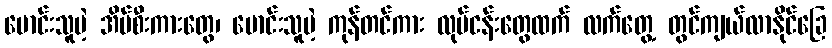
မောင်းသူမဲ့ အိမ်စီးကားတွေ၊ မောင်းသူမဲ့ ကုန်တင်ကား လုပ်ငန်းတွေထက် လက်တွေ့ တွင်ကျယ်လာနိုင်ခြေ